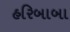
હરિબાબા